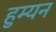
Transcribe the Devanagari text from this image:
हुम्यन